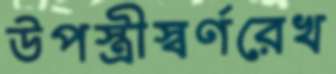
উপস্ত্রীস্বর্ণরেখ